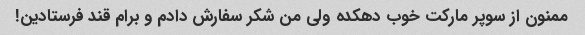
ممنون از سوپر مارکت خوب دهکده ولی من شکر سفارش دادم و برام قند فرستادین!